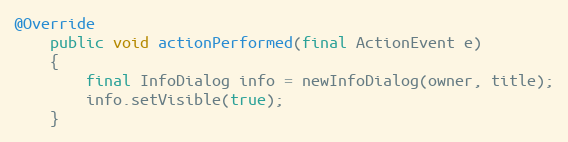
Language: Java
@Override
	public void actionPerformed(final ActionEvent e)
	{
		final InfoDialog info = newInfoDialog(owner, title);
		info.setVisible(true);
	}